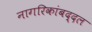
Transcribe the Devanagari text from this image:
नागरिकांबद्दल